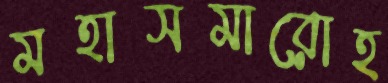
মহাসমারোহ